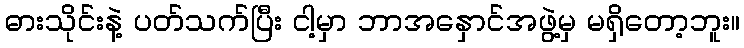
ဓားသိုင်းနဲ့ ပတ်သက်ပြီး ငါ့မှာ ဘာအနှောင်အဖွဲ့မှ မရှိတော့ဘူး။